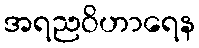
အရညဝိဟာရေန